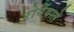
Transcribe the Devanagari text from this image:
रोयेंवाले